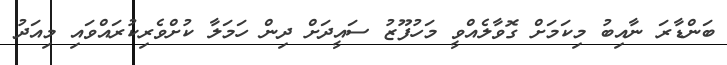
ބަންޑާރަ ނާއިބު މިކަމަށް ގޮވާލެއްވީ މަހުފޫޒު ސައީދަށް ދިން ހަމަލާ ކުށްވެރިކުރައްވައި މިއަދު